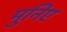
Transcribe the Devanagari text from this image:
मुनिए